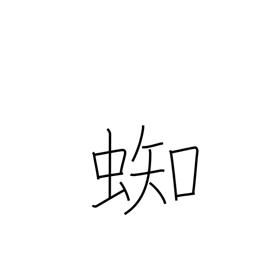
Meaning: spider